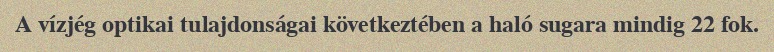
A vízjég optikai tulajdonságai következtében a haló sugara mindig 22 fok.